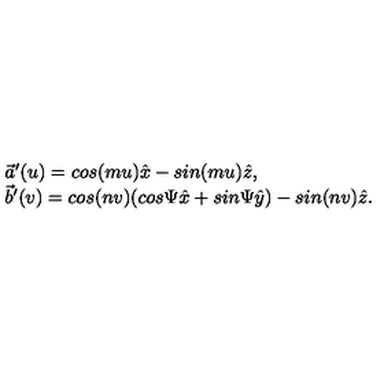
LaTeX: \begin{array} { l } { \vec { a } ^ { \prime } ( u ) = c o s ( m u ) \hat { x } - s i n ( m u ) \hat { z } , } \\ { \vec { b } ^ { \prime } ( v ) = c o s ( n v ) ( c o s \Psi \hat { x } + s i n \Psi \hat { y } ) - s i n ( n v ) \hat { z } . } \\ \end{array}